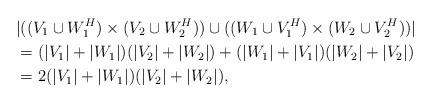
LaTeX: \begin{align*}&|((V_1\cup W_1^H)\times(V_2\cup W_2^H))\cup ((W_1\cup V_1^H)\times(W_2\cup V_2^H))|\\&=(|V_1|+ |W_1|)(|V_2|+|W_2|)+ (|W_1|+ |V_1|)(|W_2|+|V_2|)\\&=2(|V_1|+ |W_1|)(|V_2|+|W_2|),\end{align*}